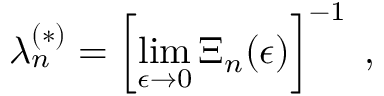
\lambda _ { n } ^ { ( \ast ) } = \left[ \operatorname * { l i m } _ { \epsilon \rightarrow 0 } \Xi _ { n } ( \epsilon ) \right] ^ { - 1 } \; ,